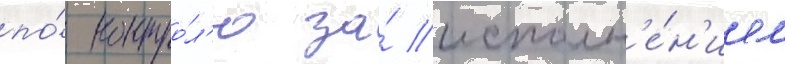
по́ контро́л'ю за́ исполн'е́н'ием